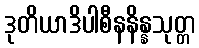
ဒုတိယာဒိပါစီနနိန္နသုတ္တ